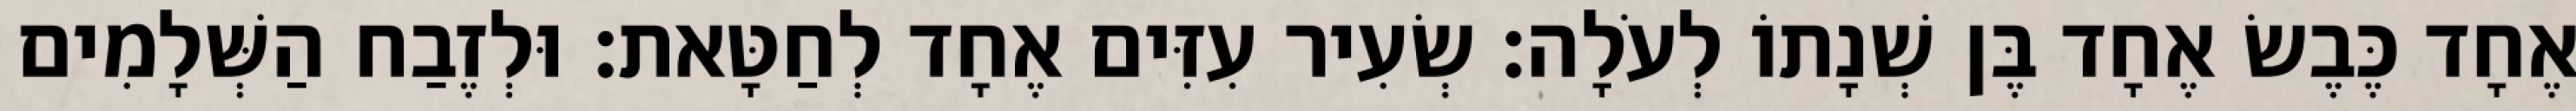
אֶחָד כֶּבֶשׂ אֶחָד בֶּן שְׁנָתוֹ לְעֹלָה׃ שְׂעִיר עִזִּים אֶחָד לְחַטָּאת׃ וּלְזֶבַח הַשְּׁלָמִים